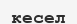
кесел